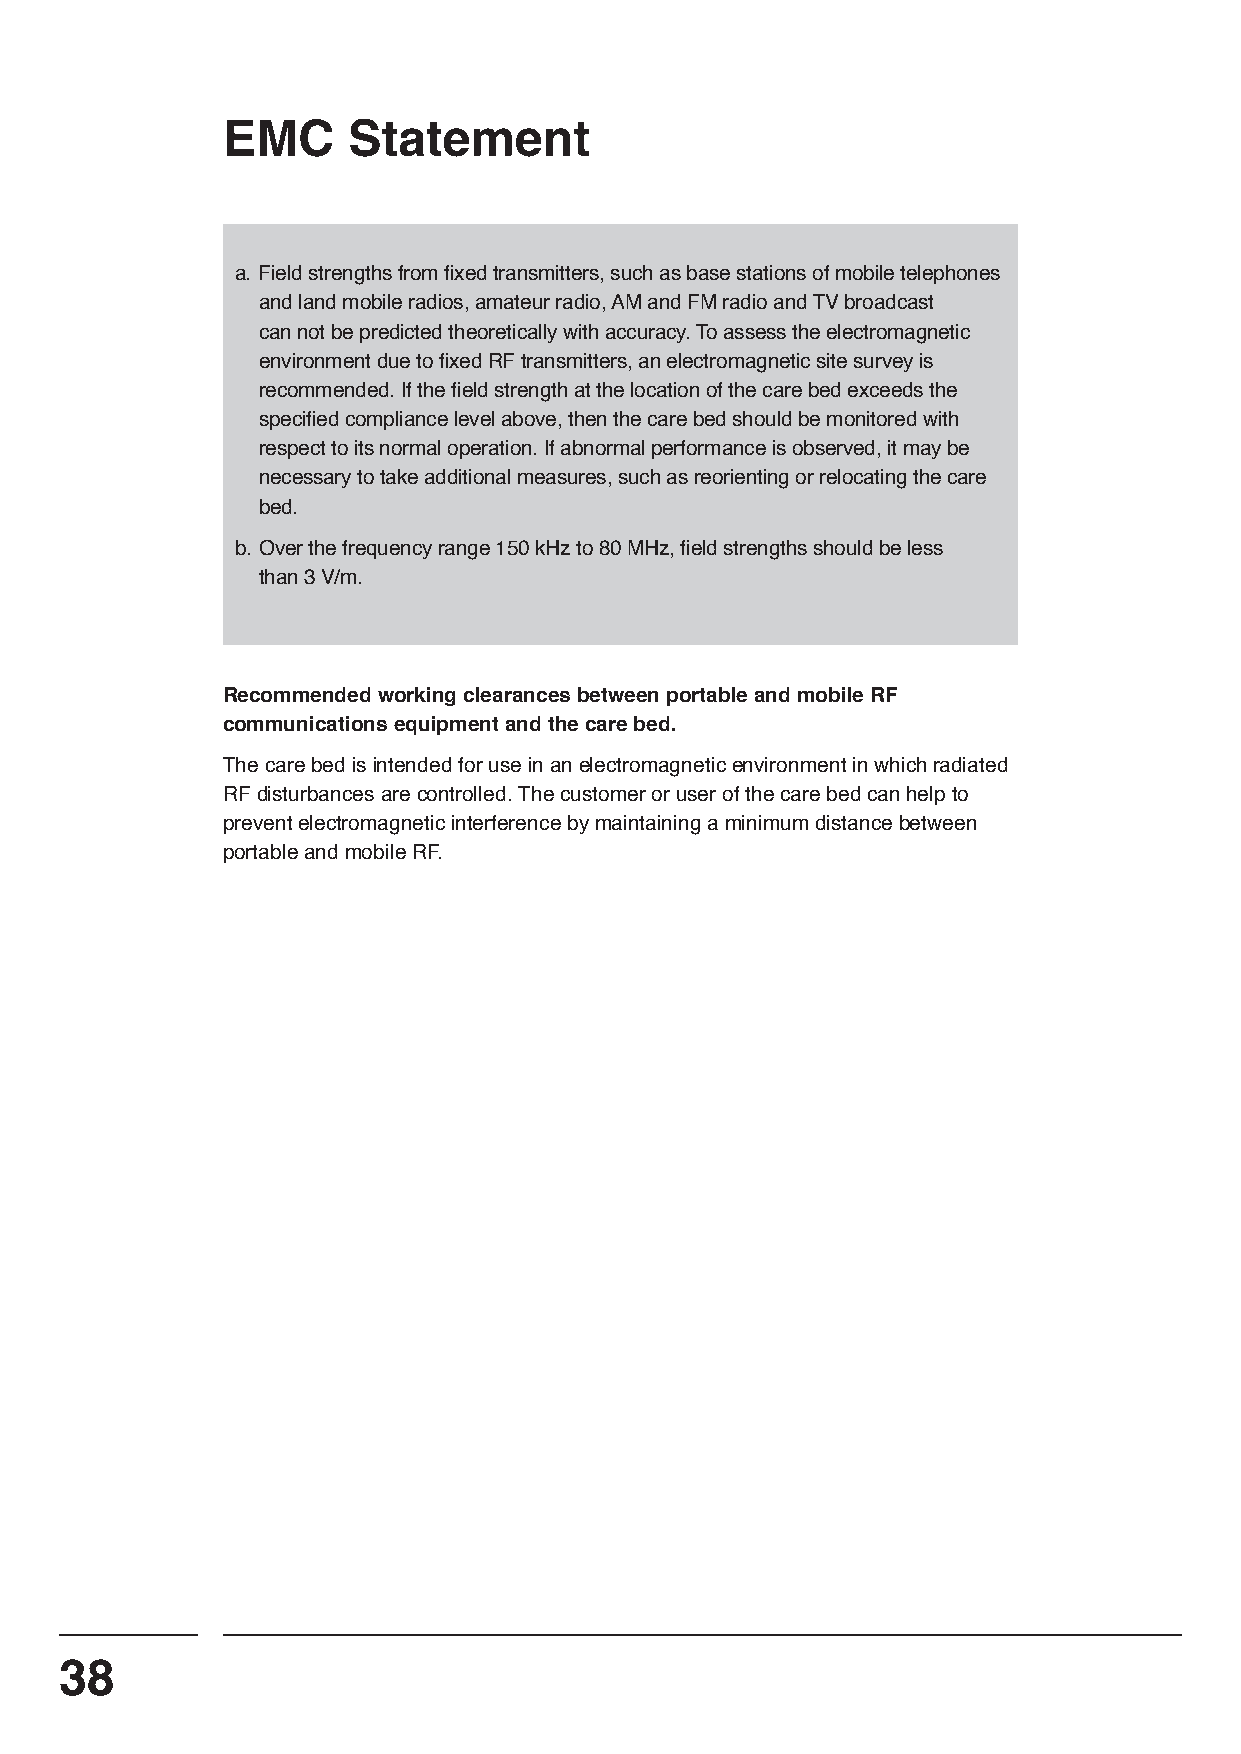
EMC     Statement
 a. Field strengths from fixed transmitters, such as base stations of mobile telephones
 and land mobile radios, amateur radio, AM and FM radio and TV broadcast
 can not be predicted theoretically with accuracy. To assess the electromagnetic
 environment due to fixed RF transmitters, an electromagnetic site survey is
 recommended. If the field strength at the location of the care bed exceeds the
 specified compliance level above, then the care bed should be monitored with
 respect to its normal operation. If abnormal performance is observed, it may be
 necessary to take additional measures, such as reorienting or relocating the care
 bed.
 b. Over the frequency range 150 kHz to 80 MHz, field strengths should be less
 than 3 V/m.
 Recommended working clearances between portable and mobile RF
 communications equipment and the care bed.
 The care bed is intended for use in an electromagnetic environment in which radiated
 RF disturbances are controlled. The customer or user of the care bed can help to
 prevent electromagnetic interference by maintaining a minimum distance between
 portable and mobile RF.
 38